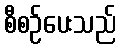
စီစဉ်ပေးသည်